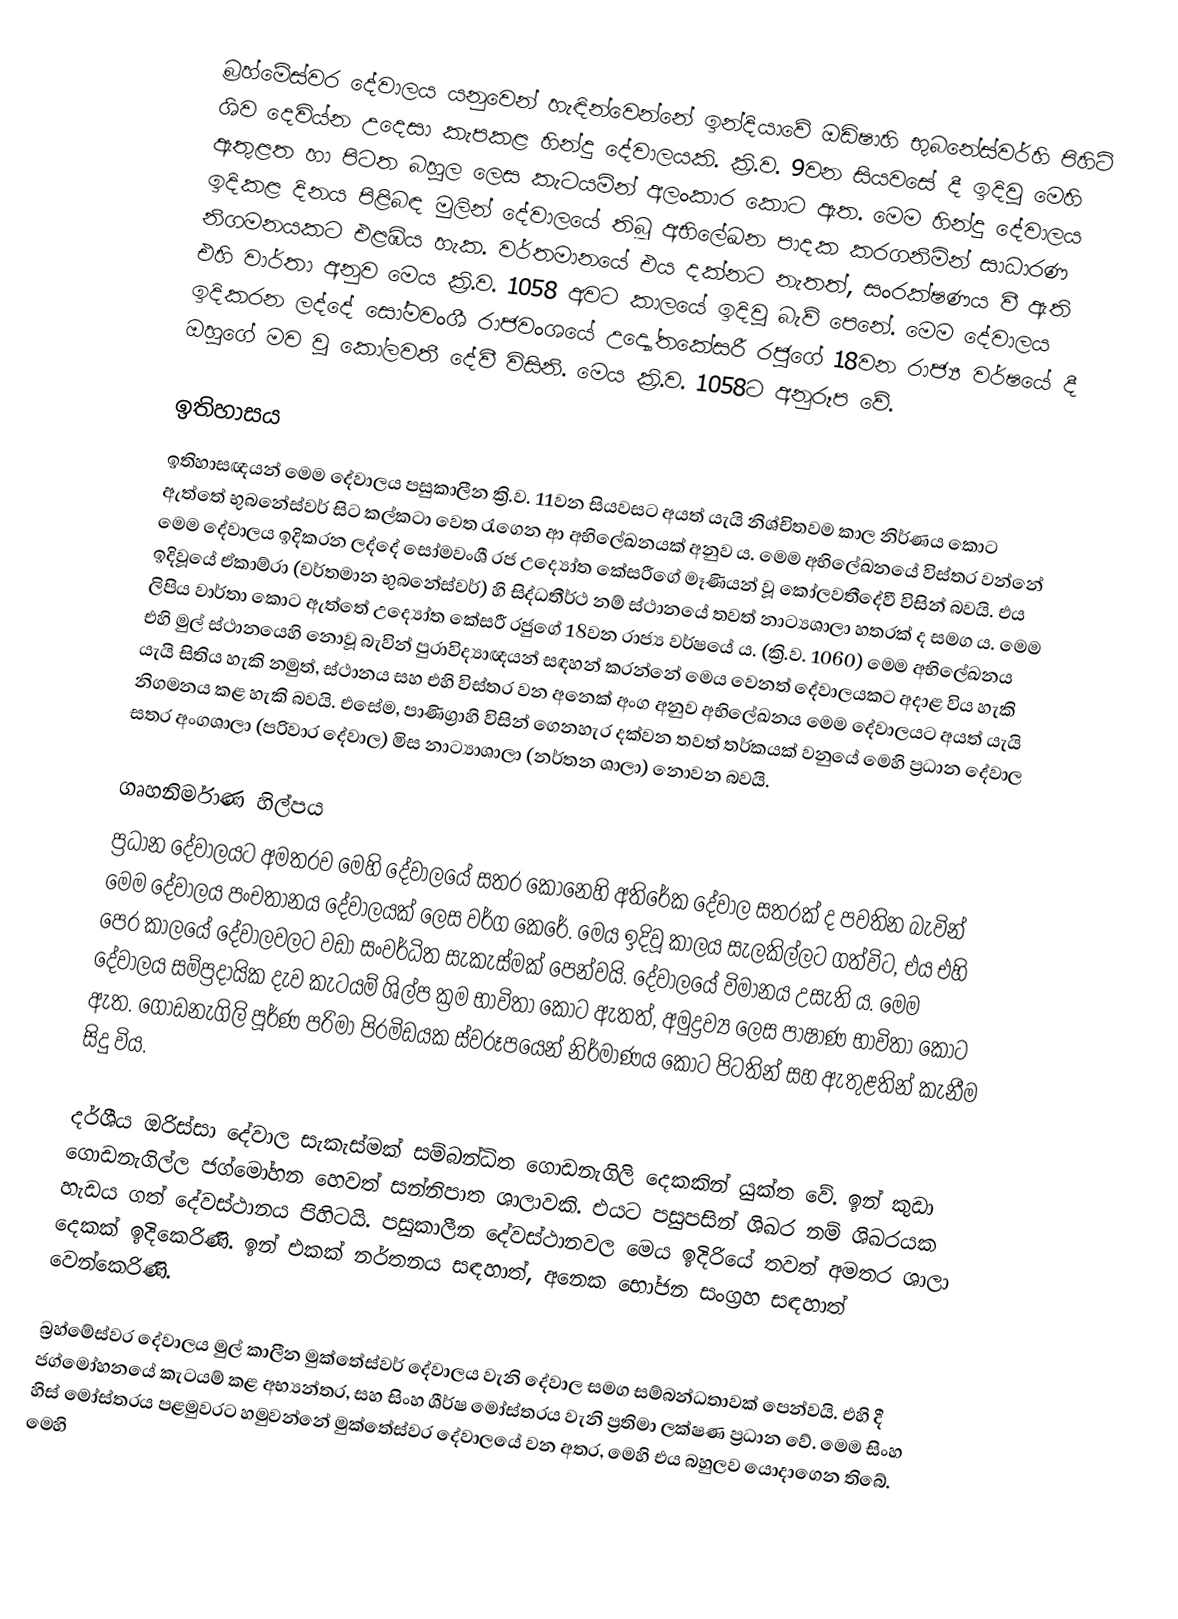
බ්‍රහ්මේස්වර දේවාලය යනුවෙන් හැඳින්වෙන්නේ ඉන්දියාවේ ඔඩිෂාහි භුබනේස්වර්හි පිහිටි ශිව දෙවිය්න උදෙසා කැපකළ හින්දු දේවාලයකි. ක්‍රි.ව. 9වන සියවසේ දී ඉදිවූ මෙහි ඇතුළත හා පිටත බහුල ලෙස කැටයමින් අලංකාර කොට ඇත. මෙම හින්දු දේවාලය ඉදිකළ දිනය පිළිබඳ මුලින් දේවාලයේ තිබූ අභිලේඛන පාදක කරගනිමින් සාධාරණ නිගමනයකට එළඹිය හැක. වර්තමානයේ එය දක්නට නැතත්, සංරක්ෂණය වී ඇති එහි වාර්තා අනුව මෙය ක්‍රි.ව. 1058 අවට කාලයේ ඉදිවූ බැව් පෙනේ. මෙම දේවාලය ඉදිකරන ලද්දේ සෝමවංශී රාජවංශයේ උද්‍යෝතකේසරී රජුගේ 18වන රාජ්‍ය වර්ෂයේ දී ඔහුගේ මව වූ කෝලවතී දේවී විසිනි. මෙය ක්‍රි.ව. 1058ට අනුරූප වේ.

ඉතිහාසය
ඉතිහාසඥයන් මෙම දේවාලය පසුකාලීන ක්‍රි.ව. 11වන සියවසට අයත් යැයි නිශ්චිතවම කාල නිර්ණය කොට ඇත්තේ භුබනේස්වර් සිට කල්කටා වෙත රැගෙන ආ අභිලේඛනයක් අනුව ය. මෙම අභිලේඛනයේ විස්තර වන්නේ මෙම දේවාලය ඉදිකරන ලද්දේ සෝමවංශී රජ උද්‍යෝත කේසරීගේ මෑණියන් වූ කෝලවතීදේවී විසින් බවයි. එය ඉදිවූයේ ඒකාම්රා (වර්තමාන භුබනේස්වර්) හි සිද්ධතීර්ථ නම් ස්ථානයේ තවත් නාට්‍යශාලා හතරක් ද සමග ය. මෙම ලිපිය වාර්තා කොට ඇත්තේ උද්‍යෝත කේසරී රජුගේ 18වන රාජ්‍ය වර්ෂයේ ය. (ක්‍රි.ව. 1060) මෙම අභිලේඛනය එහි මුල් ස්ථානයෙහි නොවූ බැවින් පුරාවිද්‍යාඥයන් සඳහන් කරන්නේ මෙය වෙනත් දේවාලයකට අදාළ විය හැකි යැයි සිතිය හැකි නමුත්, ස්ථානය සහ එහි විස්තර වන අනෙක් අංග අනුව අභිලේඛනය මෙම දේවාලයට අයත් යැයි නිගමනය කළ හැකි බවයි. එසේම, පාණිග්‍රාහි විසින් ගෙනහැර දක්වන තවත් තර්කයක් වනුයේ මෙහි ප්‍රධාන දේවාල සතර අංගශාලා (පරිවාර දේවාල) මිස නාට්‍යාශාලා (නර්තන ශාලා) නොවන බවයි.

ගෘහනිර්මාණ හිල්පය
ප්‍රධාන දේවාලයට අමතරව මෙහි දේවාලයේ සතර කොනෙහි අතිරේක දේවාල සතරක් ද පවතින බැවින් මෙම දේවාලය පංචතානය දේවාලයක් ලෙස වර්ග කෙරේ. මෙය ඉදිවූ කාලය සැලකිල්ලට ගත්විට, එය එහි පෙර කාලයේ දේවාලවලට වඩා සංවර්ධිත සැකැස්මක් පෙන්වයි. දේවාලයේ විමානය  උසැති ය. මෙම දේවාලය සම්ප්‍රදායික දැව කැටයම් ශිල්ප ක්‍රම භාවිතා කොට ඇතත්, අමුද්‍රව්‍ය ලෙස පාෂාණ භාවිතා කොට ඇත. ගොඩනැගිලි පූර්ණ පරිමා පිරමිඩයක ස්වරූපයෙන් නිර්මාණය කොට පිටතින් සහ ඇතුළතින් කැනීම සිදු විය.

දර්ශීය ඔරිස්සා දේවාල සැකැස්මක් සම්බන්ධිත ගොඩනැගිලි දෙකකින් යුක්ත වේ. ඉන් කුඩා ගොඩනැගිල්ල ජග්මෝහන හෙවත් සන්නිපාත ශාලාවකි. එයට පසුපසින් ශිඛර නම් ශිඛරයක හැඩය ගත් දේවස්ථානය පිහිටයි. පසුකාලීන දේවස්ථානවල මෙය ඉදිරියේ තවත් අමතර ශාලා දෙකක් ඉදිකෙරිණි. ඉන් එකක් නර්තනය සඳහාත්, අනෙක භෝජන සංග්‍රහ සඳහාත් වෙන්කෙරිණි.

බ්‍රහ්මේස්වර දේවාලය මුල් කාලීන මුක්තේස්වර් දේවාලය වැනි දේවාල සමග සම්බන්ධතාවක් පෙන්වයි. එහි දී ජග්මෝහනයේ කැටයම් කළ අභ්‍යන්තර, සහ සිංහ ශීර්ෂ මෝස්තරය වැනි ප්‍රතිමා ලක්ෂණ ප්‍රධාන වේ. මෙම සිංහ හිස් මෝස්තරය පළමුවරට හමුවන්නේ මුක්තේස්වර දේවාලයේ වන අතර, මෙහි එය බහුලව යොදාගෙන තිබේ. මෙහි